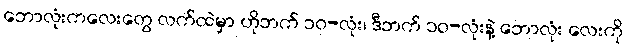
ဘောလုံးကလေးတွေ လက်ထဲမှာ ဟိုဘက် ၁၀-လုံး၊ ဒီဘက် ၁၀-လုံးနဲ့ ဘောလုံး လေးကို